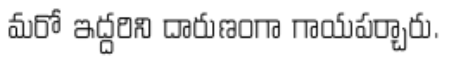
మరో ఇద్దరిని దారుణంగా గాయపర్చారు.